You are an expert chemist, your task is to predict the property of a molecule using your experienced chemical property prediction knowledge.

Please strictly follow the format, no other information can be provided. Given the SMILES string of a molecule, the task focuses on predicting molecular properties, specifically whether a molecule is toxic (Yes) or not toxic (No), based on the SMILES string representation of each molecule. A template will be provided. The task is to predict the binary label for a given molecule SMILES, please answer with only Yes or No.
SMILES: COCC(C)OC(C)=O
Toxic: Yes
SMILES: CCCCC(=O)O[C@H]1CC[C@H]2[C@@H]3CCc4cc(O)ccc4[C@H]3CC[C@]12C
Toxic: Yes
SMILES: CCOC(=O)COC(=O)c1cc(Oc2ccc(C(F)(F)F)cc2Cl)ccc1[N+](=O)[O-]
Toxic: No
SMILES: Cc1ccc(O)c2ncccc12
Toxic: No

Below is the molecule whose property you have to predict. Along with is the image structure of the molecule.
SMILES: CCN(CC)CCOC(=O)C(c1ccccc1)C1CCCCC1
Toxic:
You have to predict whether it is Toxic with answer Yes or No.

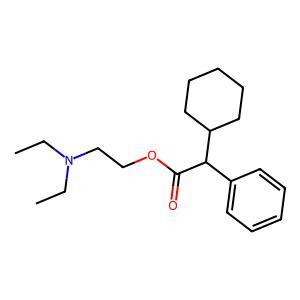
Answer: No